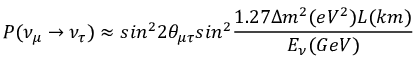
P ( \nu _ { \mu } \rightarrow \nu _ { \tau } ) \approx s i n ^ { 2 } 2 \theta _ { \mu \tau } s i n ^ { 2 } \frac { 1 . 2 7 \Delta m ^ { 2 } ( e V ^ { 2 } ) L ( k m ) } { E _ { \nu } ( G e V ) }